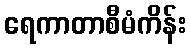
ရေကာတာစီမံကိန်း